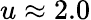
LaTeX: u\approx 2.0